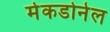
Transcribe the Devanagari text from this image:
मेकडोनेल